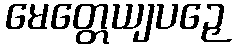
မေတ္တေယျပဉှေ